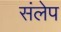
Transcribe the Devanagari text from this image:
संलेप